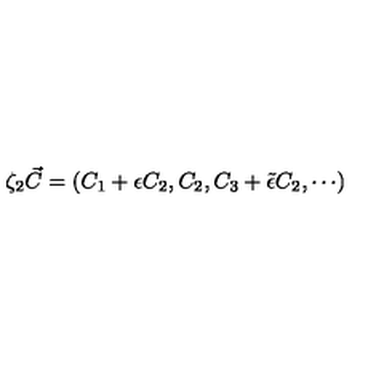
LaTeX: \zeta _ { 2 } \vec { C } = ( C _ { 1 } + \epsilon C _ { 2 } , C _ { 2 } , C _ { 3 } + \tilde { \epsilon } C _ { 2 } , \cdots )